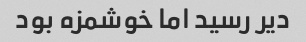
دیر رسید اما خوشمزه بود